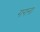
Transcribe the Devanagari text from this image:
गगना